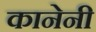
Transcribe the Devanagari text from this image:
कानेनी